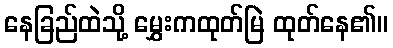
နေခြည်ထဲသို့ မွှေးကထုတ်မြဲ ထုတ်နေ၏။